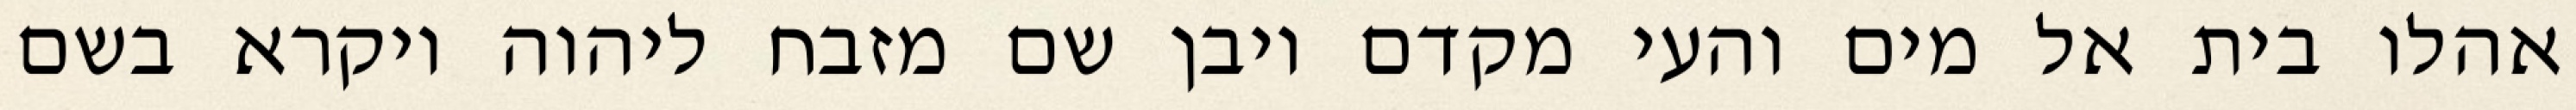
אהלו בית אל מים והעי מקדם ויבן שם מזבח ליהוה ויקרא בשם